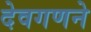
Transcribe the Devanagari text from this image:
देवगणने